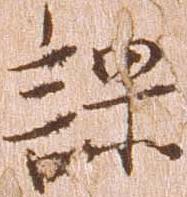
課